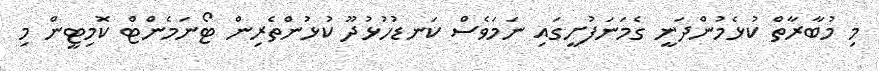
މި މުބާރާތް ކުޅެމުންދަނީ ގެމަނަފުށީގައި ނަމަވެސް ކަނޑުހުޅުދޫ ކުޅުންތެރިން ޓޯނަމެންޓް ކޮމިޓީން މި